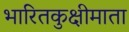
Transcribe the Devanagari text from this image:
भारितकुक्षीमाता